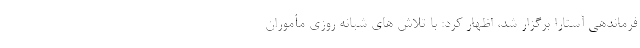
فرماندهی آستارا برگزار شد، اظهار کرد: با تلاش های شبانه روزی مأموران